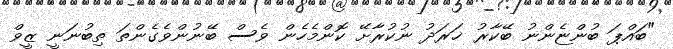
"ބައްޕަ ބުންޏެންނު ބޭކާރު ޚަރަދު ނުކުރާށޭ ކޮންމެހެން ވެސް ބޭނުންވެގެންތަ ތިބުނަނީ ޒީވް